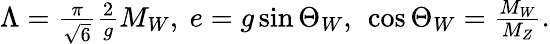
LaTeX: \begin{array}{r}{\Lambda=\frac{\pi}{\sqrt{6}}\frac{2}{g}M_{W},\ e=g\sin\Theta_{W},\ \cos\Theta_{W}=\frac{M_{W}}{M_{Z}}.}\end{array}